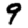
Digit: 9